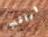
اراقب